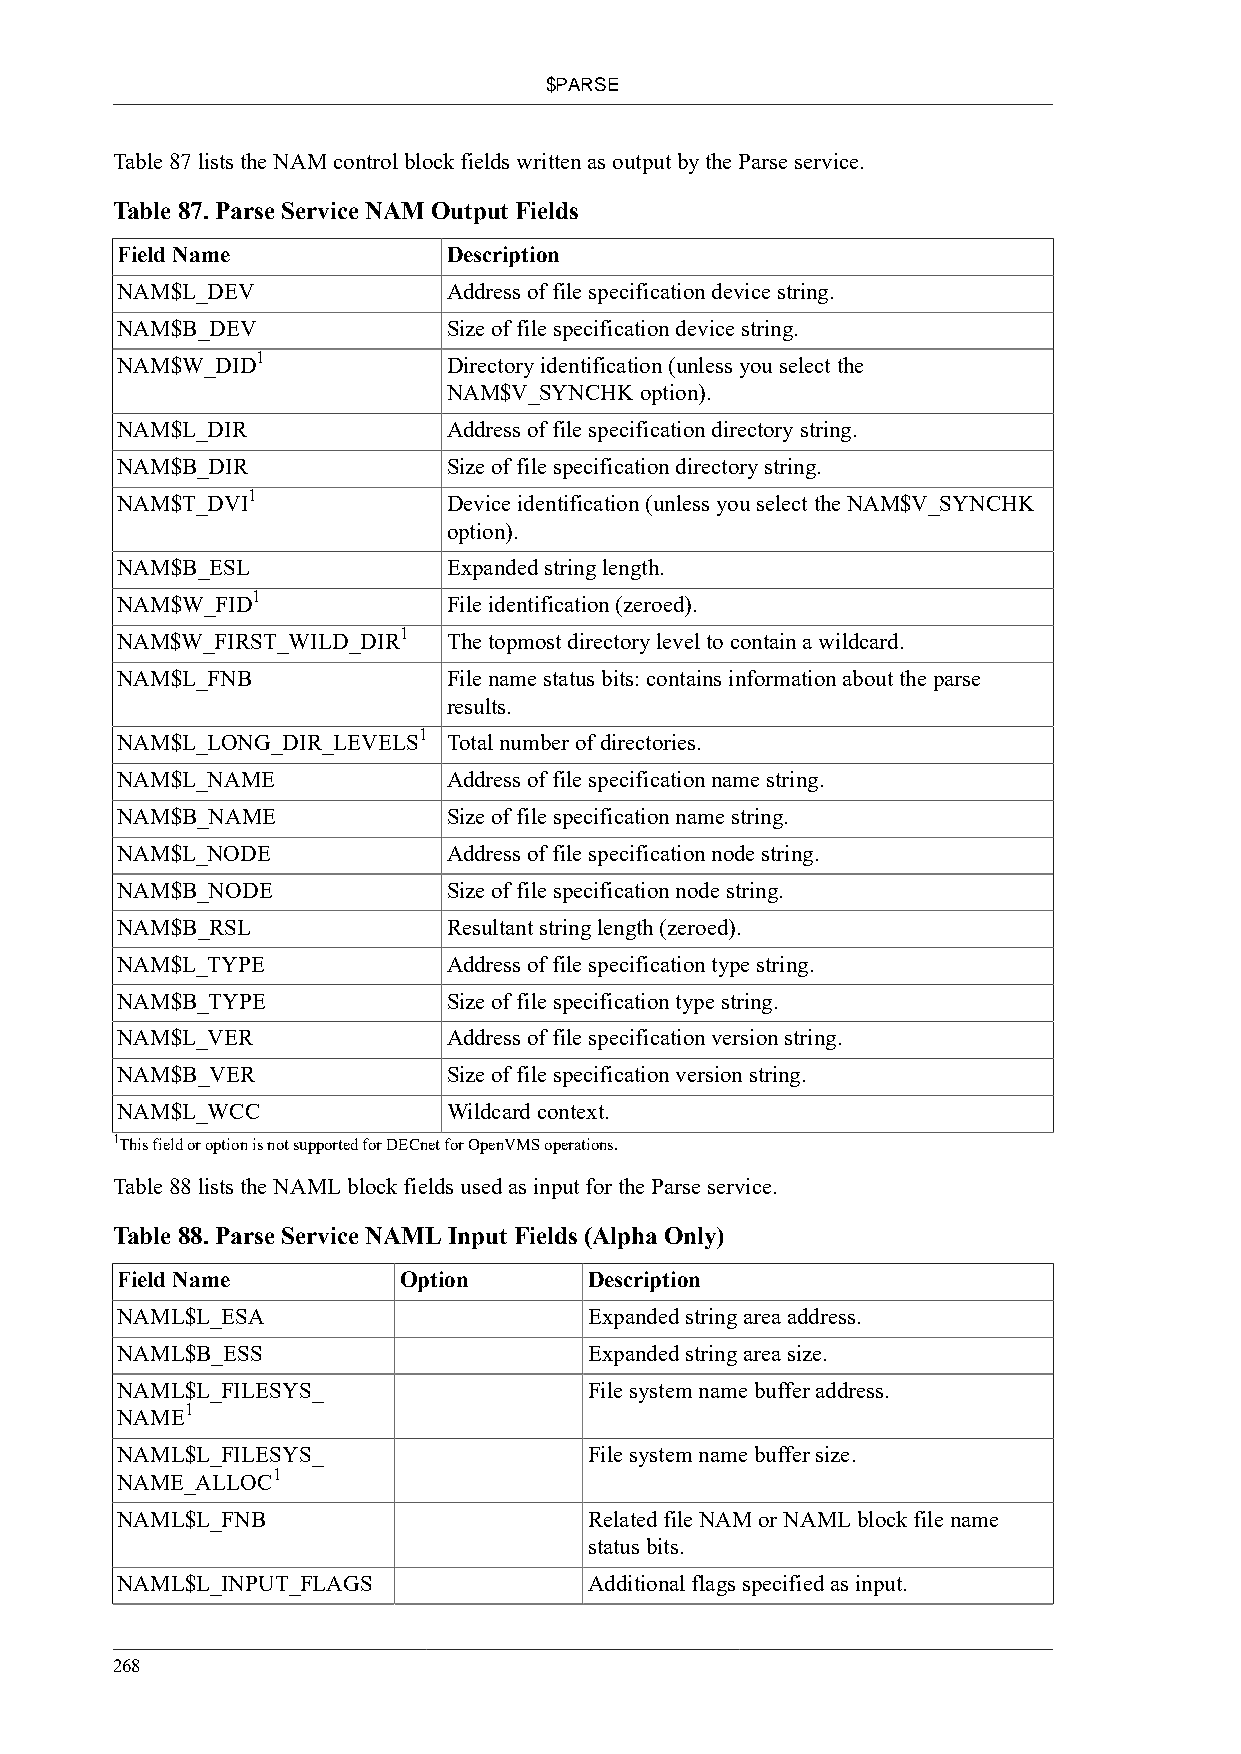
$PARSE
 Table 87 lists the NAM control block fields written as output by the Parse service.
 Table 87. Parse Service NAM Output Fields
 Field Name            Description
 NAM$L_DEV             Address of file specification device string.
 NAM$B_DEV             Size of file specification device string.
 1
 NAM$W_DID             Directory identification (unless you select the
 NAM$V_SYNCHK option).
 NAM$L_DIR             Address of file specification directory string.
 NAM$B_DIR             Size of file specification directory string.
 1
 NAM$T_DVI             Device identification (unless you select the NAM$V_SYNCHK
 option).
 NAM$B_ESL             Expanded string length.
 1
 NAM$W_FID             File identification (zeroed).
 1
 NAM$W_FIRST_WILD_DIR  The topmost directory level to contain a wildcard.
 NAM$L_FNB             File name status bits: contains information about the parse
 results.
 1
 NAM$L_LONG_DIR_LEVELS Total number of directories.
 NAM$L_NAME            Address of file specification name string.
 NAM$B_NAME            Size of file specification name string.
 NAM$L_NODE            Address of file specification node string.
 NAM$B_NODE            Size of file specification node string.
 NAM$B_RSL             Resultant string length (zeroed).
 NAM$L_TYPE            Address of file specification type string.
 NAM$B_TYPE            Size of file specification type string.
 NAM$L_VER             Address of file specification version string.
 NAM$B_VER             Size of file specification version string.
 NAM$L_WCC             Wildcard context.
 1This field or option is not supported for DECnet for OpenVMS operations.
 Table 88 lists the NAML block fields used as input for the Parse service.
 Table 88. Parse Service NAML Input Fields (Alpha Only)
 Field Name        Option       Description
 NAML$L_ESA                     Expanded string area address.
 NAML$B_ESS                     Expanded string area size.
 NAML$L_FILESYS_                File system name buffer address.
 1
 NAME
 NAML$L_FILESYS_                File system name buffer size.
 1
 NAME_ALLOC
 NAML$L_FNB                     Related file NAM or NAML block file name
 status bits.
 NAML$L_INPUT_FLAGS             Additional flags specified as input.
 268